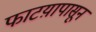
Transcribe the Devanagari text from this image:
फाटय़ापासून